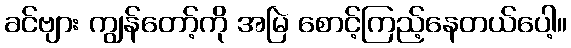
ခင်ဗျား ကျွန်တော့်ကို အမြဲ စောင့်ကြည့်နေတယ်ပေါ့။